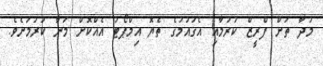
މުދާ ތަށް ފްރީޒް ކުރުމާއި އެގައުމުގެ ތެޔޮ އިމްޕޯޓު އެއްކޮށް މަނާ ކުރުމަށެވެ.